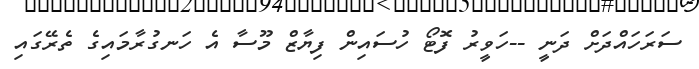
ސަރަހައްދަށް ދަނީ --ހަވީރު ފޮޓޯ ހުސައިން ފިޔާޒް މޫސާ އެ ހަނގުރާމައިގެ ތެރޭގައި